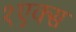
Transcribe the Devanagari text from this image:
१एक्स